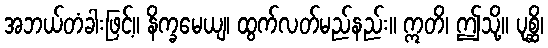
အဘယ်တံခါးဖြင့်။ နိက္ခမေယျ၊ ထွက်လတ်မည်နည်း။ ဣတိ၊ ဤသို့။ ပုစ္ဆိ၊